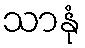
သာနုံ